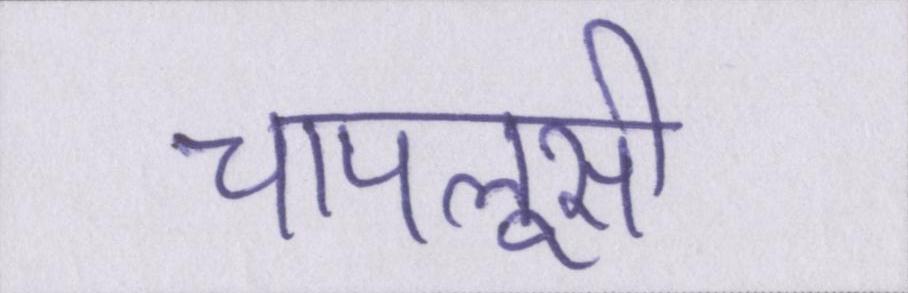
चापलूसी